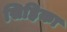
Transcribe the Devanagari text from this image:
सिहिका